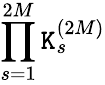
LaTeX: \displaystyle\prod_{s=1}^{2M}\mathtt{K}_{s}^{(2M)}